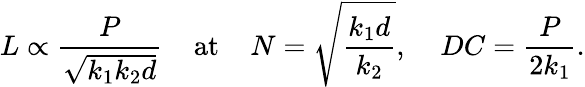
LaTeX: L\propto\frac{P}{\sqrt{k_{1}k_{2}d}}\; \; \; \; \mathrm{at}\; \; \; \; N=\sqrt{\frac{k_{1}d}{k_{2}}},\; \; \; \; DC=\frac{P}{2k_{1}}.